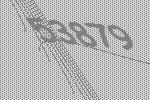
53879